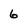
Character: 6